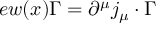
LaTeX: e w ( x ) \Gamma = \partial ^ { \mu } j _ { \mu } \cdot \Gamma